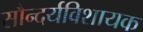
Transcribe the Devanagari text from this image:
सौन्दर्यविशायक